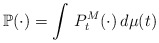
\begin{align*}\mathbb{P(\cdot )}=\int \,P_{t}^{M}(\cdot )\,d\mu (t)\end{align*}